Bombay plague: being a history of the progress of plague in the Bombay presidency from September 1896 to June 1899
Year: 1896
Disease focus: Plague
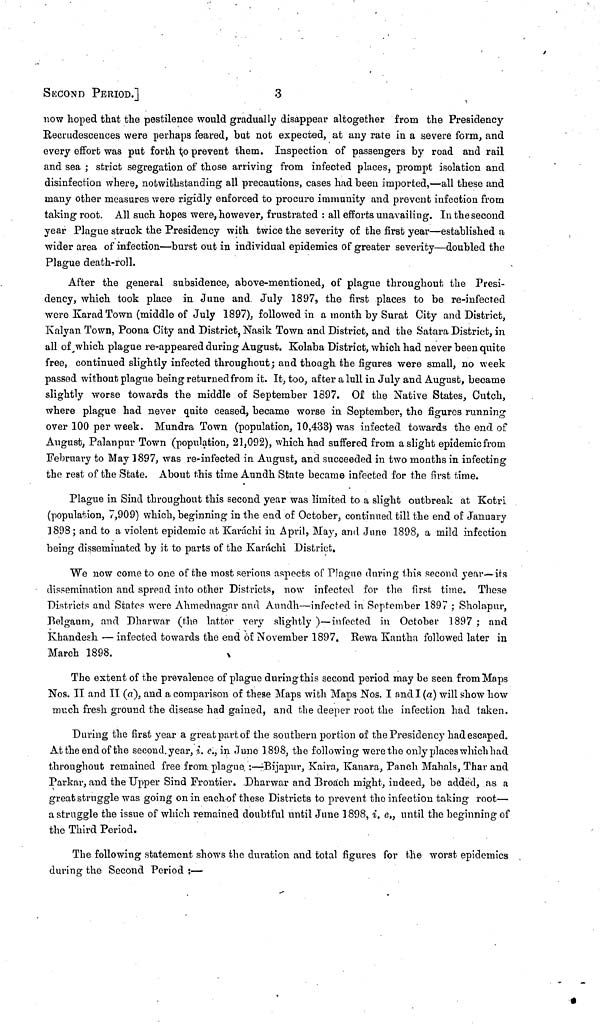
SECOND PERIOD.]
3
now hoped that the pestilence would gradually disappear altogether from the Presidency
Recrudescences were perhaps feared, but not expected, at any rate in a severe form, and
every effort was put forth to prevent them. Inspection of passengers by road and rail
and sea ; strict segregation of those arriving from infected places, prompt isolation and
disinfection where, notwithstanding all precautions, cases had been imported,—all these and
many other measures were rigidly enforced to procure immunity and prevent infection from
taking root. All such hopes were, however, frustrated : all efforts unavailing. In the second
year Plague struck the Presidency with twice the severity of the first year—established a
wider area of infection—burst out in individual epidemics of greater severity—doubled the
Plague death-roll.
After the general subsidence, above-mentioned, of plague throughout the Presi-
dency, which took place in June and. July 1897, the first places to be re-infected
were KaradTown (middle of July 1897), followed in a month by Surat City and District,
Kalyan Town, Poona City and District, Nasik Town and District, and the Satara District, in
all of which plague re-appeared during August. Kolaba District, which had never been quite
free, continued slightly infected throughout; and though the figures were small, no week
passed without plague being returned from it. It, too, after a lull in July and August, became
slightly worse towards the middle of September 1897. Of the Native States, Cutch,
where plague had never quite ceased, became worse in September, the figures running
over 100 per week. Mundra Town (population, 10,433) was infected towards the end of
August, Palan pur Town (population, 21,092), which had suffered from a slight epidemicfrom
February to May 1897, was re-infected in August, and succeeded in two months in infecting
the rest of the State. About this time Aundh State became infected for the first time.
Plague in Sind throughout this second year was limited to a slight outbreak at Kotri
(population, 7,909) which, beginning in the end of October, continued till the end of January
1898 ; and to a violent epidemic at Karachi in April, May, and June 1898, a mild infection
being disseminated by it to parts of the Karachi District.
We now come to one of the most serious aspects of Plague during this second year—its
dissemination and spread into other Districts, now infected for the first time. These
Districts and States were Ahmednagar and Aundh—infected in September 1897 ; Sholapur,
Belgaum, and Dharwar (the latter very slightly )—infected in October 1897 ; and
Khandesh — infected towards the end of November 1897. Rewa Kantha followed later in
March 1898.
The extent of the prevalence of plague during this second period may be seen from Maps
Nos. II and II (a), and a comparison of these Maps with Maps Nos. I and I (a) will show how
much fresh ground the disease had gained, and the deeper root the infection had taken.
During the first year a great part of the southern portion of the Presidency had escaped.
At the end of the second, year, i. e., in June 1898, the following were the only places which had
throughout remained free from plague ;—Bijapur, Kaira, Kanara, Panch Mahals, Thar and
Parkar, and the Upper Sind Frontier. Dharwar and Broach might, indeed, be added, as a
great struggle was going on in each-of these Districts to prevent the infection taking root—
a struggle the issue of which remained doubtful until June 1898, i. e., until the beginning of
the Third Period.
The following statement shows the duration and total figures for the worst epidemics
during the Second Period ;—